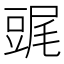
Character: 䜸